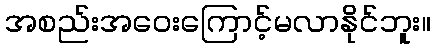
အစည်းအဝေးကြောင့်မလာနိုင်ဘူး။